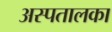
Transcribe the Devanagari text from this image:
अस्पतालका